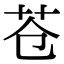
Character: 苍